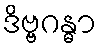
ဒိဗ္ဗဂန္ဓာ